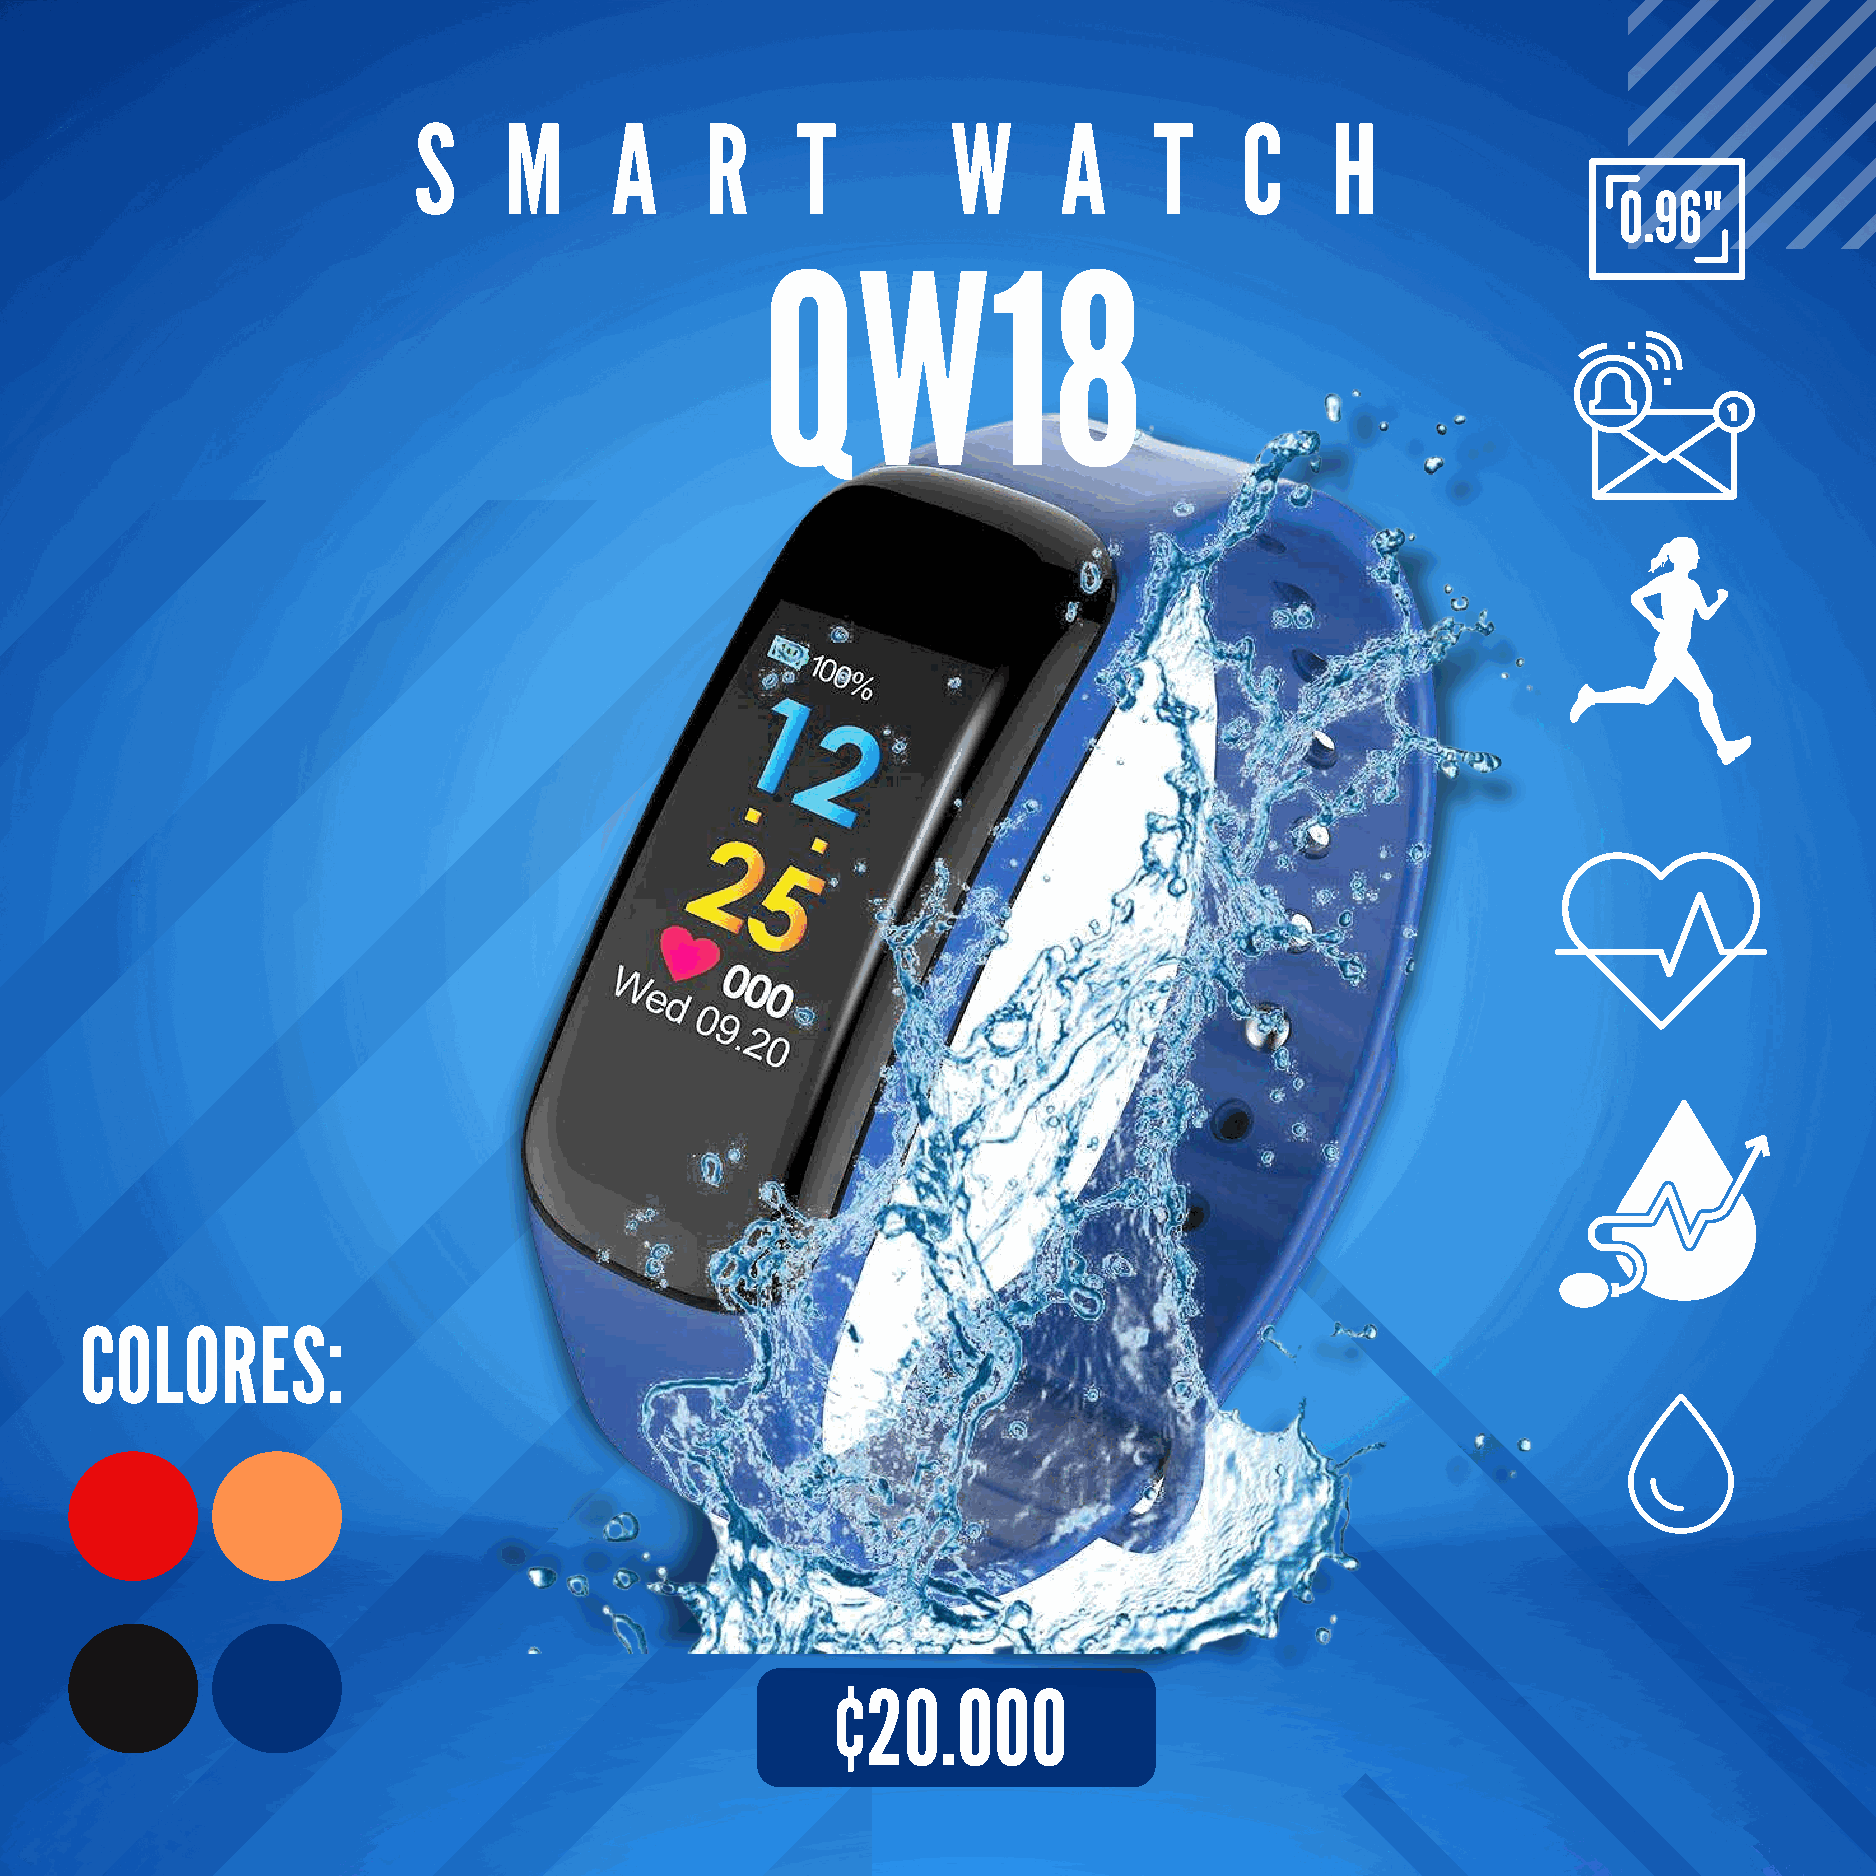
S     M      A      R     T         W      A     T     C     H
 0.96"
 QW18
 COLORES:
 ¢20.000